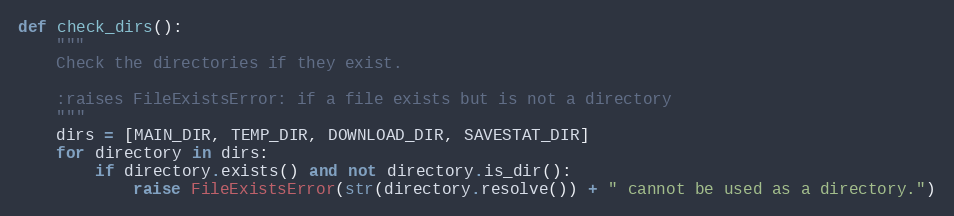
Language: Python
def check_dirs():
    """
    Check the directories if they exist.

    :raises FileExistsError: if a file exists but is not a directory
    """
    dirs = [MAIN_DIR, TEMP_DIR, DOWNLOAD_DIR, SAVESTAT_DIR]
    for directory in dirs:
        if directory.exists() and not directory.is_dir():
            raise FileExistsError(str(directory.resolve()) + " cannot be used as a directory.")